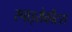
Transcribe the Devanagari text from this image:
स्पाइरोकीटस